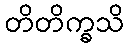
တိတိက္ခသိ